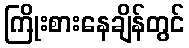
ကြိုးစားနေချိန်တွင်